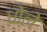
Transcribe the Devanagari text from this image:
धोले